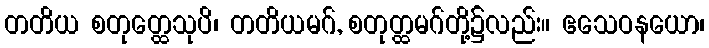
တတိယ စတုတ္ထေသုပိ၊ တတိယမဂ်, စတုတ္ထမဂ်တို့၌လည်း။ ဧသေဝနယော၊